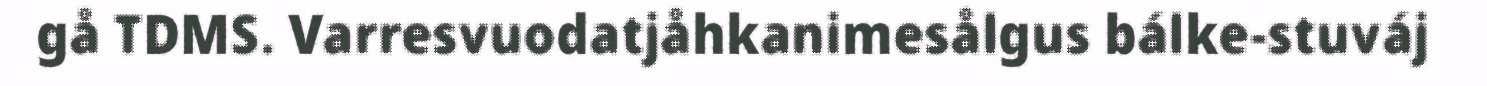
gå TDMS. Varresvuodatjåhkanimesålgus bálke-stuváj